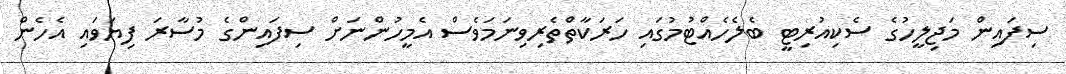
ސިފައިން މަޖިލީހުގެ ސެކިއުރިޓީ ބެލެހެއްޓުމުގައި ހަރަކާތްތެރިވިނަމަވެސް އެމީހުންނަށް ސިފައިންގެ މުސާރަ ފިޔަވައި އެހެން